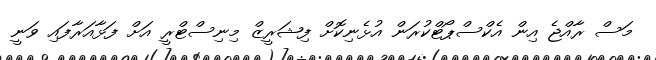
މަސް ރާއްޖެ އިން އެކްސްޕޯޓްކުރަން އުޅެނިކޮށް ފިޝަރީޒް މިނިސްޓްރީ އަށް ފަޅާއަރާފައި ވަނީ